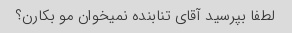
لطفا بپرسید آقای تنابنده نمیخوان مو بکارن؟